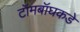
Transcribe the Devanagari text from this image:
टॉमबॉघकडे